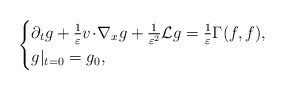
\begin{align*}\begin{cases}\partial_tg+\frac 1 \varepsilon v\!\cdot\!\nabla_{x}g+\frac 1{\varepsilon^2}\mathcal{L}g=\frac{1}{\varepsilon}\Gamma(f, f),\\g|_{t=0}=g_0,\end{cases}\end{align*}